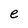
Character: e